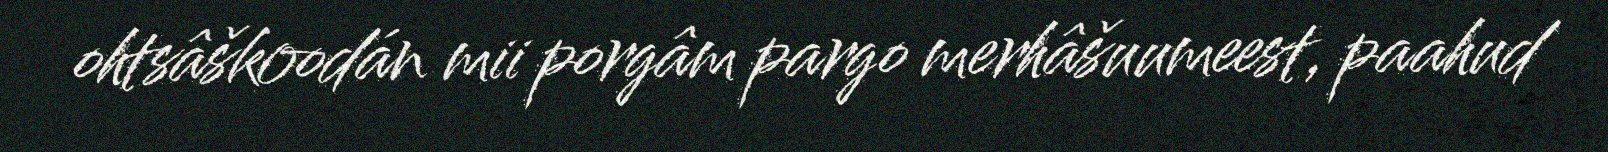
ohtsâškoodán mii porgâm pargo merhâšuumeest, paahud